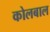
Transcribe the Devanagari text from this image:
कोलबाल